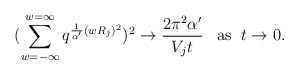
\begin{align*}(\sum_{w=-\infty}^{w=\infty}q^{\frac{1}{\alpha'}(w R_j)^2})^2\rightarrow \frac{2\pi^2 \alpha ' }{V_j t}\;\;\; {\rm as} \;\; t\rightarrow 0.\end{align*}